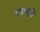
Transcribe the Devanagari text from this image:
चक्रदृष्टि